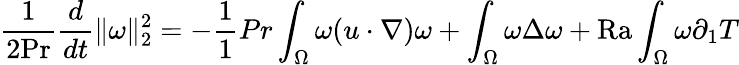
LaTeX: \frac{1}{2\mathrm{{Pr}}}\frac{d}{dt}\| \omega\| _{2}^{2}=-\frac{1}{1}{{Pr}}\int_{\Omega}\omega(u\cdot\nabla)\omega+\int_{\Omega}\omega\Delta\omega+\mathrm{{Ra}}\int_{\Omega}\omega\partial_{1}T